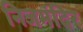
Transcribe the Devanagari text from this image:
निजमंदिर